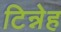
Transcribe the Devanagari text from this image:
टिन्नेह